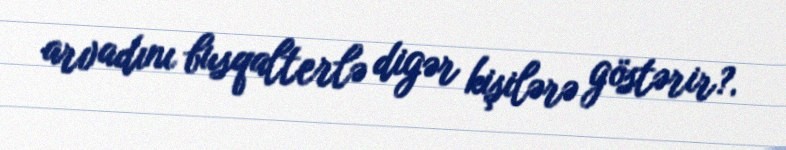
arvadını busqalterlə digər kişilərə göstərir?.